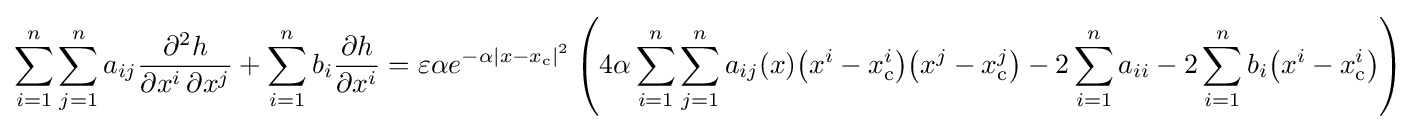
\sum _{i=1}^{n}\sum _{j=1}^{n}a_{ij}{\frac {\partial ^{2}h}{\partial x^{i}\,\partial x^{j}}}+\sum _{i=1}^{n}b_{i}{\frac {\partial h}{\partial x^{i}}}=\varepsilon \alpha e^{-\alpha |x-x_{\text{c}}|^{2}}\left(4\alpha \sum _{i=1}^{n}\sum _{j=1}^{n}a_{ij}(x){\big (}x^{i}-x_{\text{c}}^{i}{\big )}{\big (}x^{j}-x_{\text{c}}^{j}{\big )}-2\sum _{i=1}^{n}a_{ii}-2\sum _{i=1}^{n}b_{i}{\big (}x^{i}-x_{\text{c}}^{i}{\big )}\right)